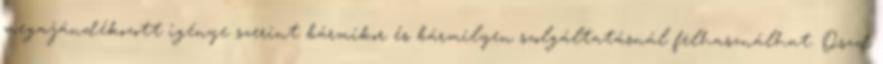
megajándékozott igénye szerint bármikor és bármilyen szolgáltatásnál felhasználhat. Oszd